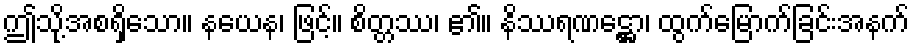
ဤသို့အစရှိသော။ နယေန၊ ဖြင့်။ စိတ္တဿ၊ ၏။ နိဿရဏဋ္ဌော၊ ထွက်မြောက်ခြင်းအနက်